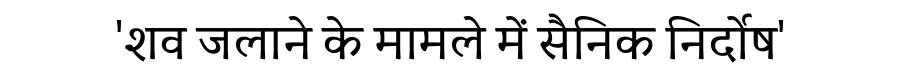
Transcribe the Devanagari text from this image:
'शव जलाने के मामले में सैनिक निर्दोष'